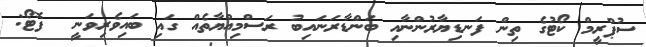
ސުޕްރީމް ކޯޓުގެ ތިން ފަނޑިޔާރުންނާއި ބަންޑާރަނައިބު ރަސްމިއްޔާތެއް ގައި ބައިވެރިވަނީ  ފޮޓޯ: